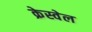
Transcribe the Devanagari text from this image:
क्रेस्वेल